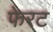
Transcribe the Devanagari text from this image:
फेरट